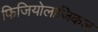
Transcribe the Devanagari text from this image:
फिजियोलाजिकल